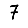
Digit: 7